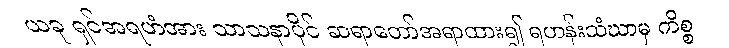
ယခု ရှင်အရဟံအား သာသနာပိုင် ဆရာတော်အရာထား၍ ရဟန်းသံဃာမှ ကိစ္စ